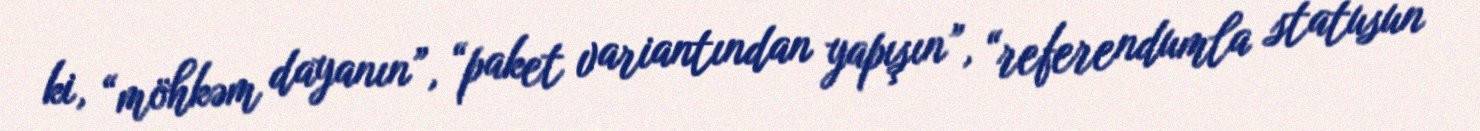
ki, “möhkəm dayanın”, “paket variantından yapışın”, “referendumla statusun